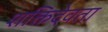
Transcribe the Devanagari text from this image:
शक्तिदेवता